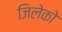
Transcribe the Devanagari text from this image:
जिलेको